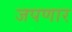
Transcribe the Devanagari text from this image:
जपणार